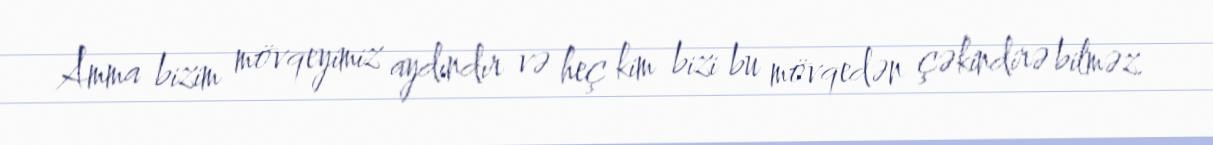
Amma bizim mövqeyimiz aydındır və heç kim bizi bu mövqedən çəkindirə bilməz.